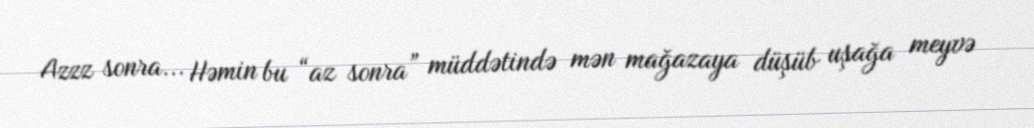
Azzz sonra... Həmin bu “az sonra” müddətində mən mağazaya düşüb uşağa meyvə